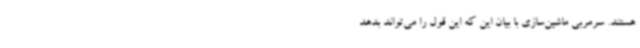
هستند. سرمربی ماشین‌سازی با بیان این‌ که این قول را می‌تواند بدهد